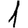
Digit: 1